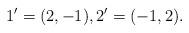
LaTeX: \begin{align*}1' = (2,-1), 2' = (-1,2).\end{align*}